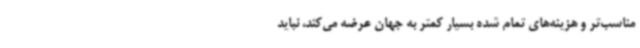
مناسب‌تر و هزینه‌های تمام ‌شده بسیار کمتر به جهان عرضه می‌کند، نباید